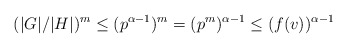
\begin{align*}(|G|/|H|)^m\leq (p^{\alpha-1})^m=(p^m)^{\alpha-1}\leq (f(v))^{\alpha-1}\end{align*}